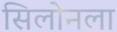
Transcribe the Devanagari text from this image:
सिलोनला